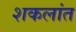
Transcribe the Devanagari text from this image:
शकलांत